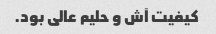
کیفیت آش و حلیم عالی بود.